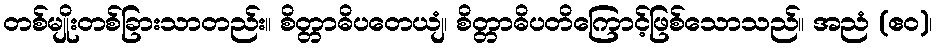
တစ်မျိုးတစ်ခြားသာတည်း။ စိတ္တာဓိပတေယျံ၊ စိတ္တာဓိပတိကြောင့်ဖြစ်သောသည်။ အညံ (ဧဝ)၊